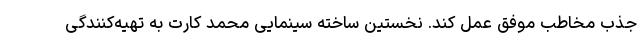
جذب مخاطب موفق عمل کند. نخستین ساخته سینمایی محمد کارت به تهیه‌کنندگی